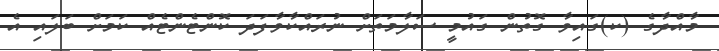
މާއްދާގެ (ކ)ގައިވާ ގޮތުން ގައުމީ ސަލާމަތަށް ނުރައްކާވާފަދަ ކޮންޓެންޓެއް ކަމަށް ބަލައި އެ